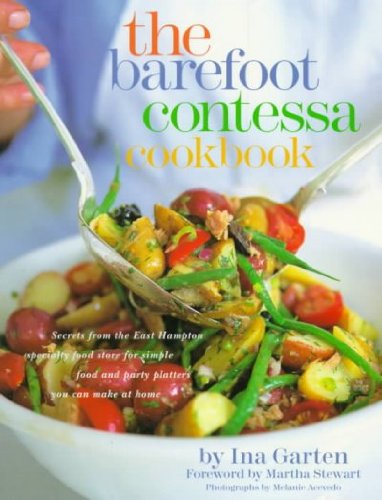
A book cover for The Barefoot Contessa Cookbook; Ina Garten; Cookbooks, Food & Wine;